Lunatic asylums Burma 1907-21 - 1907-1921
Year: 1907
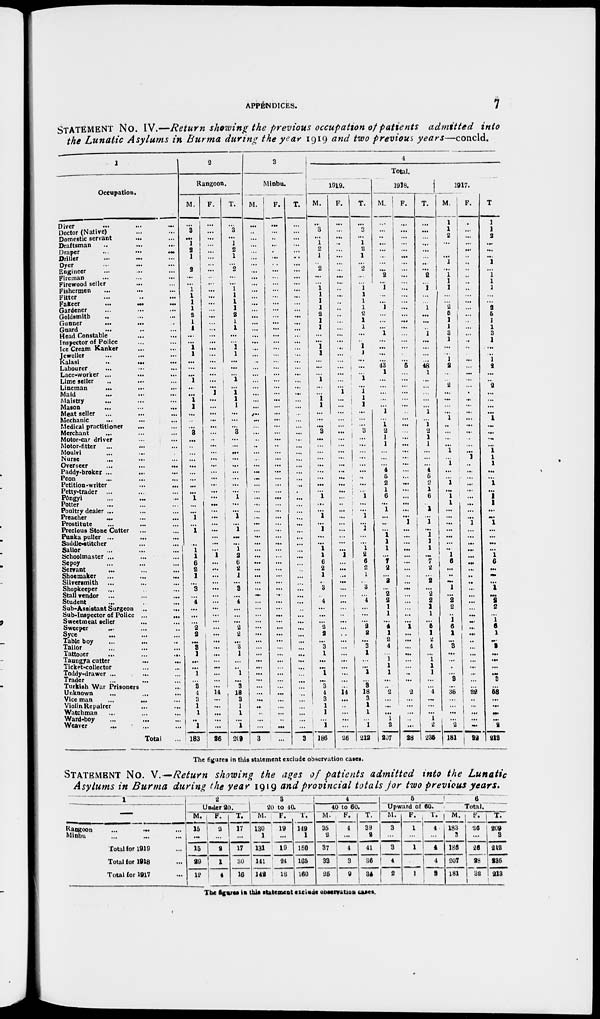
APPENDICES.
7
STATEMENT No. IV.—Return showing the previous occupation of patients admitted into
the Lunatic Asylums in Burma during the year 1919 and two previous years—concld.
1
Occupation.
Diver
...
...
...
Doctor (Native) ... ...
Domestic servant ... ...
Draftsman ... ... ...
Draper
...
...
...
Driller ... ... ...
Dyer ... ... ...
Engineer ... ...
Fireman ... ...
Firewood seller ... ...
Fishermen ... ...
Fitter
...
...
...
Fakeer ...
...
...
Gardener ... ... ...
Goldsmith ... ... ...
Gunner ... ... ...
Guard ... ... ...
Head Constable ... ... ...
Inspector of Police ... ... ...
Ice Cream Ranker ... ... ...
Jeweller ... ... ...
Kalasi
...
...
...
Labourer ... ... ...
Lace-worker ... ... ...
Lime seller ... ... ...
Lineman ... ... ...
Maid ... ... ...
Maistry ... ... ...
Mason ... ... ...
Meat seller ... ... ...
Mechanic ... ... ...
Medical practitioner ... ...
Merchant ... ... ...
Motor-car driver ... ... ...
Motor-fitter ... ... ...
Moulvi ... ... ...
Nurse ... ... ...
Overseer
...
...
...
Paddy-broker ... ... ...
Peon ... ... ...
Petition-writer ... ... ...
Petty-trader ... ... ...
Pongyi ... ... ...
Potter ... ... ...
Poultry dealer ... ... ...
Preacher ... ... ...
Prostitute ... ... ...
Precious Stone Cutter ... ...
Punka puller ... ... ...
Saddle-stitcher ... ... ...
Sailor ... ... ...
Schoolmaster ... ... ...
Sepoy ... ... ...
Servant ... ... ...
Shoemaker ... ... ...
Silversmith ... ... ...
Shopkeeper ... ... ...
Stall vendor ... ... ...
Student ... ... ...
Sub-Assistant Surgeon ... ...
Sub-Inspector of Police ...
Sweetmeat seller ... ... ...
Sweeper ... ... ...
Syce ... ... ...
Table boy ... ... ...
Tailor ... ... ...
Tattooer
...
...
...
Taungya cutter ... ... ...
Ticket-collector ... ... ...
Toddy-drawer ... ... ...
Trader ... ... ...
Turkish War Prisoners ... ...
Unknown ... ... ...
Vice man ... ... ...
Violin Repairer ... ... ...
Watchman ... ... ...
Ward-boy ... ... ...
Weaver ... ... ...
Total ... ... ...
2
Rangoon.
M.
...
3
...
1 2
1
...
2
...
...
1
1
1
1
8
1
1
...
...
1
1
...
...
...
1
...
...
1
1
...
...
...
3
...
...
...
...
...
...
...
...
...
1
...
...
1
...
1
...
... 1
1
6
2
1
...
3
...
4
...
...
...
2
2
...
3
1
...
...
1
...
3
4
3
1
1
...
1
183
F.
...
...
...
...
...
...
...
...
...
...
...
...
...
...
...
...
...
...
...
...
...
...
...
...
...
...
1
...
...
...
...
...
...
..
...
...
...
...
...
...
...
...
...
...
...
...
...
...
...
...
...
1
...
...
...
...
...
...
...
...
...
...
...
...
...
...
...
...
...
...
...
...
14
...
...
...
...
...
26
T.
...
3
...
1
2
1
...
2
...
...
1
1
1
1
8
1
1
...
...
1 1
...
...
...
1
...
1
1
1
... ...
...
3
...
...
...
...
...
...
...
...
...
1
...
...
1
...
1
...
...
1
2
6
2
1
...
3
...
4
...
...
...
2
2
...
3
1
...
...
1
...
3
18
3
1
1
...
1
209
3
Minbu.
M.
... ...
...
...
... ...
...
...
...
...
...
...
...
...
...
...
...
...
...
...
...
..
...
...
...
...
...
...
...
...
...
...
...
..
...
...
...
...
...
...
...
...
...
...
...
...
...
...
...
...
...
...
...
...
...
...
...
...
...
...
...
...
...
...
...
...
...
... ...
...
...
...
...
...
...
...
...
...
3
F.
...
...
...
...
...
...
...
...
...
...
...
...
...
...
...
...
...
...
...
...
...
...
...
...
...
...
...
...
...
...
...
...
...
...
...
...
...
...
...
...
...
...
...
...
...
...
...
...
...
...
...
...
...
...
...
...
...
...
...
...
...
...
...
...
...
...
...
...
...
...
...
...
...
...
...
...
...
...
...
T.
...
...
...
...
...
...
...
...
...
...
...
...
...
...
...
...
...
...
...
...
...
...
...
...
...
...
...
...
...
...
...
...
...
...
...
...
...
...
...
...
...
...
...
...
...
...
...
...
...
...
...
...
...
...
...
...
...
...
...
...
...
...
...
...
...
...
...
...
...
...
...
...
...
...
...
...
...
...
3
4
Total.
1919.
M.
...
3
...
1
2
1
...
2
...
...
1
1
1
1
2
1
1
...
...
1
1
...
...
...
1
...
...
1
1
...
...
...
3
...
...
... ...
...
...
...
...
...
1
...
...
1
...
1
...
...
1
1
6
2
1
...
3
...
4
...
...
...
2
2
...
3
1
...
...
1
...
3
4
3
1
1
...
1
186
F.
...
...
...
...
...
1
...
...
...
...
...
...
...
...
...
...
...
...
...
...
...
...
...
...
...
...
1
...
...
...
...
...
...
...
...
...
...
...
...
...
...
...
...
...
...
...
...
...
...
...
...
1
...
...
...
...
...
...
...
...
...
...
...
...
...
...
...
...
...
...
...
...
14
...
...
...
...
...
36
T.
...
3
...
1
2
1
...
2
...
...
1
1
1
1
2
1
1
...
...
1
1
...
...
...
1
...
1
1
1
...
...
...
3
...
...
...
...
...
...
...
...
...
1
...
...
1
...
1
...
...
1
2
6
2
1
...
3
...
4
...
...
...
2
2
...
3
1
...
...
1
...
3
18
3
1
1
...
1
212
1918.
M.
...
...
...
...
...
...
...
...
2
...
1
...
...
1
...
...
...
1
...
...
...
...
43
1
...
...
... ...
...
1
...
1
2 1
1
...
...
...
4
5
2
1
6
...
1
...
...
...
1
1
1
...
7
2
...
2
...
2
2
1
1
...
4
1
2
4
...
1
1
1
...
...
2
...
...
...
1
2
207
F.
...
...
...
...
...
...
...
...
...
...
...
...
...
...
...
...
...
...
...
...
...
...
5
...
...
...
...
...
...
...
...
...
...
...
...
...
...
...
...
...
...
...
...
...
...
...
1
...
...
...
...
...
...
...
...
...
...
...
...
...
...
...
1
...
...
...
...
...
...
..
...
...
2
...
...
...
...
...
28
T.
...
...
...
...
...
...
...
...
2
...
1
...
...
1
...
...
...
1
...
...
...
...
48
1
...
...
...
...
...
1
...
1
2
1
1
...
...
...
4
5
2
1
6
...
1
...
1
...
1
1
1
...
7 2
...
2
...
2
2
1
1
...
5
1
2
4
...
1
1
1
...
...
4
...
...
...
1
2
235
1917.
M.
1
1
2
...
...
...
1
1
1
1
1
...
...
2
5 1
1
3
1
...
...
1
2
...
...
2
...
...
...
...
1
...
...
...
...
1
...
1
...
...
1
...
1
1
...
...
...
...
...
...
... 1
6
...
...
...
1
...
2
2
...
1
6
1
...
3
...
...
...
...
3
...
36
...
...
...
...
2
181
F.
...
...
...
...
...
...
...
...
...
...
...
...
...
...
...
...
...
...
...
...
...
...
...
...
...
...
...
...
...
...
...
...
...
...
...
...
1
...
...
...
...
...
...
...
...
...
1
...
...
...
...
...
...
...
...
...
...
...
...
...
...
...
...
...
...
...
...
...
...
...
...
...
22
...
...
...
...
...
32
T.
1
1
2
...
...
...
1
1
1
1
1
...
...
2
5
1
1
3
1
...
...
1
2
...
...
2
...
...
...
...
1
...
...
...
...
1
1
1
...
...
1
...
1
1
...
...
1
...
...
...
...
1
6
...
...
...
1
...
2
2
...
1
6
1
...
3
...
...
...
...
3
...
58
...
...
...
...
2
213
The figures in this statement exclude observation cases.
STATEMENT No. V.—Return showing the ages of patients admitted into the Lunatic
Asylums in Burma during the year 1919 and provincial totals for two previous years.
1
—
Rangoon
Minbu
Total for 1919
Total for 1918
Total for 1917
2
Under 20.
M.
15
...
15
29
12
F.
2
...
2
1
4
T.
17
...
17
30
16
3
20 to 40
M.
130
1
131
141
142
F.
19
...
19
24
18
T.
149
1
150
165
160
4
40 to 60.
M.
35
2
37
33
25
F.
4
...
4
3
9
T.
39
2
41
36
34
5
Upward of 60.
M.
3
...
3
4
2
F.
1
...
1
...
1
T.
4
...
4
4
3
6
Total.
M.
183
3
186
207
181
F.
26
...
26
28
32
T.
209
3
212
235
213
The figures in this statement exclude observation cases.